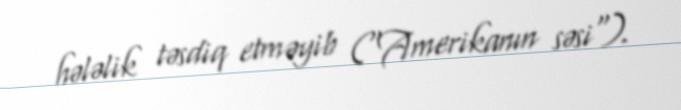
hələlik təsdiq etməyib ("Amerikanın səsi").